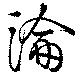
淪